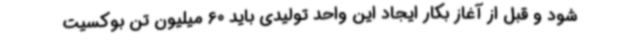
شود و قبل از آغاز بکار ایجاد این واحد تولیدی باید 60 میلیون تن بوکسیت